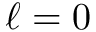
\ell = 0